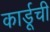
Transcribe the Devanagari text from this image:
कार्डूची